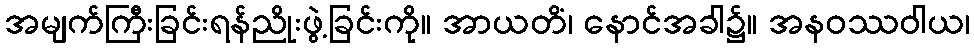
အမျက်ကြီးခြင်းရန်ညိုးဖွဲ့ခြင်းကို။ အာယတိံ၊ နောင်အခါ၌။ အနဝဿဝါယ၊